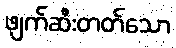
ဖျက်ဆီးတတ်သော